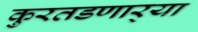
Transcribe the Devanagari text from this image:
कुरतडणार्‍या